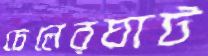
চেলেরঘাট